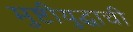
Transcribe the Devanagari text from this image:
मुष्टीयुद्धाची